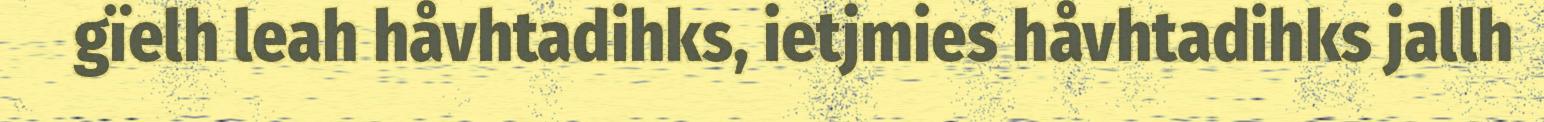
gïelh leah håvhtadihks, ietjmies håvhtadihks jallh